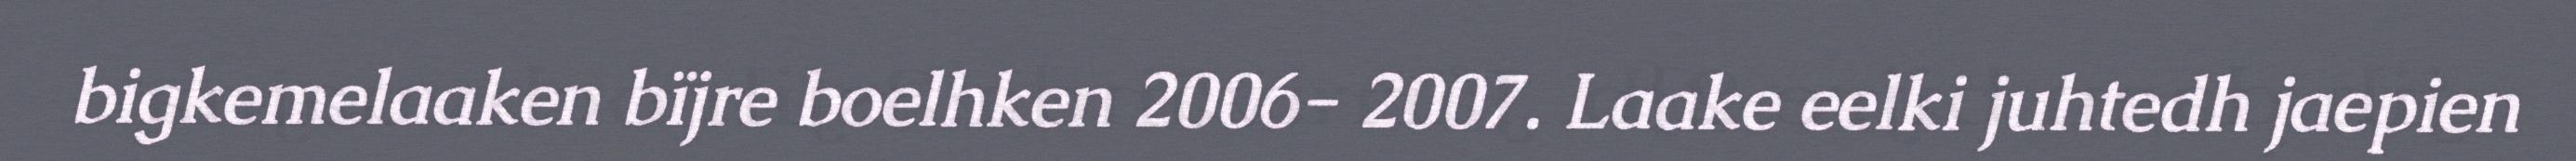
bigkemelaaken bïjre boelhken 2006- 2007. Laake eelki juhtedh jaepien